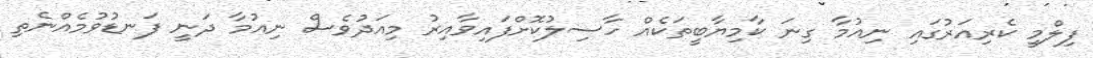
ފިލްމީ ކެރިއަރުގައި ނިއުމާ ގިނަ ކާމިޔާބީތަކެއް ހާސިލުކޮށްފައިވާއިރު މިއަދުވެސް ނިއުމާ ދަނީ ފަނޑުވުމެއްނެތި